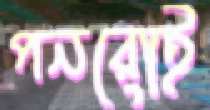
পনরোই